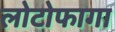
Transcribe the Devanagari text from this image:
लोटोफागा